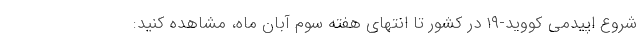
شروع اپیدمی کووید-۱۹ در کشور تا انتهای هفته سوم آبان ماه، مشاهده کنید: